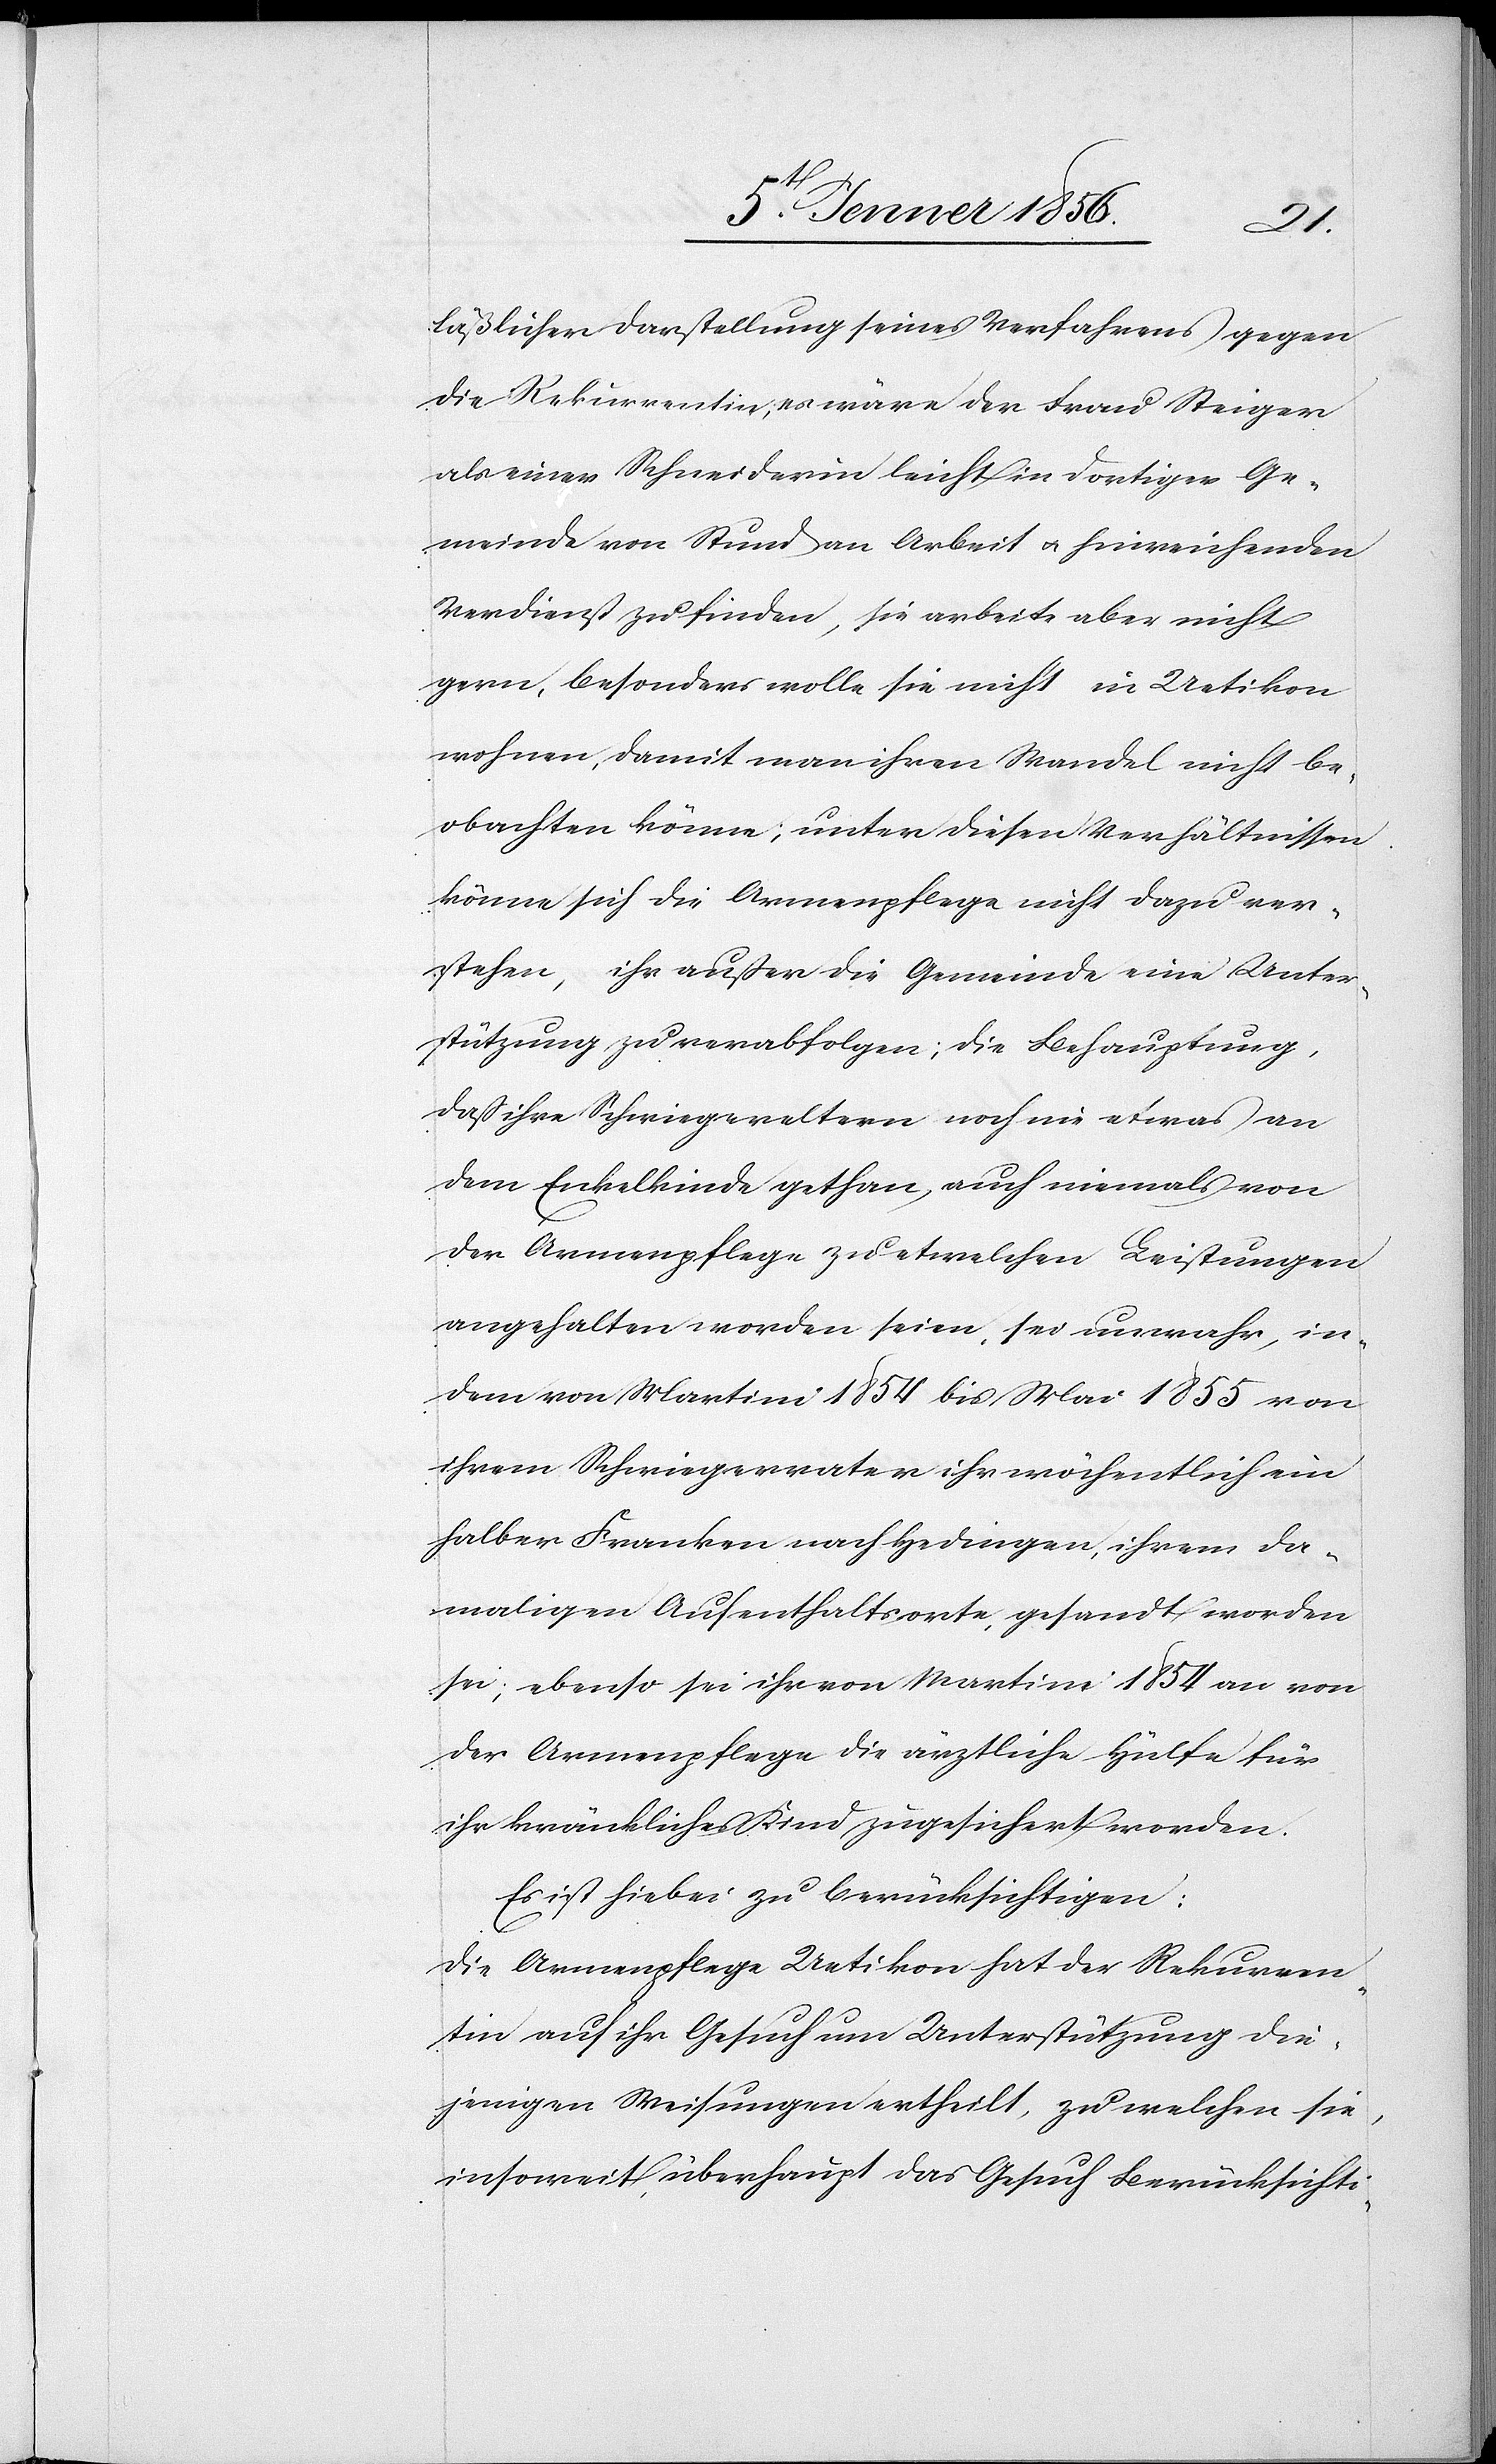
läßlicher Darstellung seines Verfahrens gegen
die Rekurrentin, es wäre der Frau Steiger
als einer Schneiderin leicht in dortiger Ge¬
meinde von Stund an Arbeit u. hinreichenden
Verdienst zu finden, sie arbeite aber nicht
gern, besonders wolle sie nicht in Uetikon
wohnen, damit man ihren Wandel nicht be¬
obachten könne; unter diesen Verhältnissen
könne sich die Armenpflege nicht dazu ver¬
stehen, ihr außer die Gemeinde eine Unter¬
stützung zu verabfolgen; die Behauptung,
daß ihre Schwiegereltern noch nie etwas an
dem Enkelkinde gethan, auch niemals von
der Armenpflege zu etwelchen Leistungen
angehalten worden seien, sei unwahr, in¬
dem von Martini 1854 bis Mai 1855 von
ihrem Schwiegervater ihr wöchentlich ein
halber Franken nach Hedingen, ihrem da¬
maligen Aufenthaltsorte, gesandt worden
sei; ebenso sei ihr von Martini 1854 an von
der Armenpflege die ärztliche Hülfe für
ihr kränkliches Kind zugesichert worden.
Es ist hiebei zu berücksichtigen:
Die Armenpflege Uetikon hat der Rekurren¬
tin auf ihr Gesuch um Unterstützung die¬
jenigen Weisungen ertheilt, zu welchen sie,
insoweit überhaupt das Gesuch Berücksichti-